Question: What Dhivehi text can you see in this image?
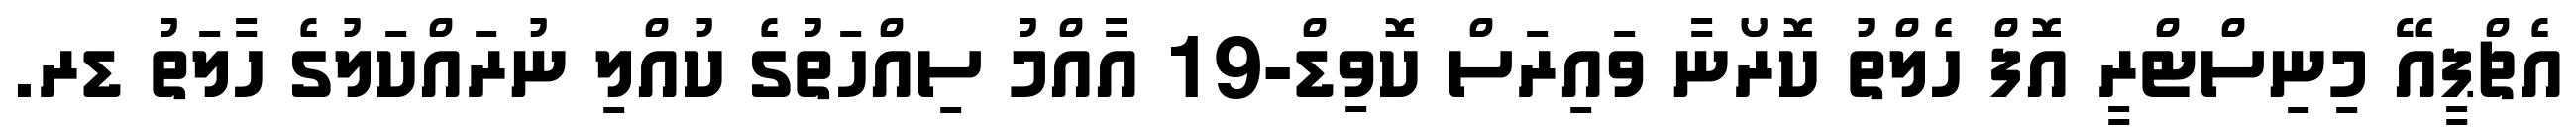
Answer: އެޗްޕީއޭ މިނިސްޓްރީ އޮފް ހެލްތު ކޮރޯނާ ވައިރަސް ކޮވިޑް-19 އާއްމު ސިއްހަތުގެ ކުއްލި ނުރައްކަލުގެ ހާލަތު ޑރ.